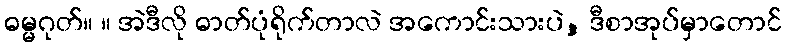
ဓမ္မဂုတ်။ ။ အဲဒီလို ဓာတ်ပုံရိုက်တာလဲ အကောင်းသားပဲ, ဒီစာအုပ်မှာတောင်